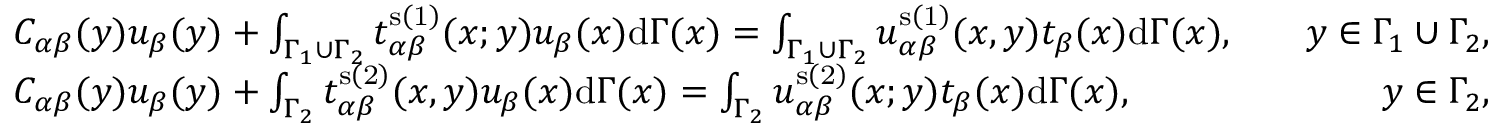
\begin{array} { r l r } & { C _ { \alpha \beta } ( \boldsymbol { y } ) u _ { \beta } ( \boldsymbol { y } ) + \int _ { \Gamma _ { 1 } \cup \Gamma _ { 2 } } t _ { \alpha \beta } ^ { \mathrm { s \left( 1 \right) } } ( \boldsymbol { x } ; \boldsymbol { y } ) u _ { \beta } ( \boldsymbol { x } ) \mathrm { d } \Gamma ( \boldsymbol { x } ) = \int _ { \Gamma _ { 1 } \cup \Gamma _ { 2 } } u _ { \alpha \beta } ^ { \mathrm { s \left( 1 \right) } } ( \boldsymbol { x } , \boldsymbol { y } ) t _ { \beta } ( \boldsymbol { x } ) \mathrm { d } \Gamma ( \boldsymbol { x } ) , \quad } & { \boldsymbol { y } \in \Gamma _ { 1 } \cup \Gamma _ { 2 } , } \\ & { C _ { \alpha \beta } ( \boldsymbol { y } ) u _ { \beta } ( \boldsymbol { y } ) + \int _ { \Gamma _ { 2 } } t _ { \alpha \beta } ^ { \mathrm { s \left( 2 \right) } } ( \boldsymbol { x } , \boldsymbol { y } ) u _ { \beta } ( \boldsymbol { x } ) \mathrm { d } \Gamma ( \boldsymbol { x } ) = \int _ { \Gamma _ { 2 } } u _ { \alpha \beta } ^ { \mathrm { s \left( 2 \right) } } ( \boldsymbol { x } ; \boldsymbol { y } ) t _ { \beta } ( \boldsymbol { x } ) \mathrm { d } \Gamma ( \boldsymbol { x } ) , \quad } & { \boldsymbol { y } \in \Gamma _ { 2 } , } \end{array}